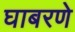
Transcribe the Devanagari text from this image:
घाबरणे